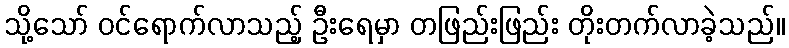
သို့သော် ဝင်ရောက်လာသည့် ဦးရေမှာ တဖြည်းဖြည်း တိုးတက်လာခဲ့သည်။